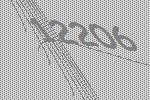
12206